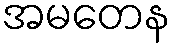
အမတေန